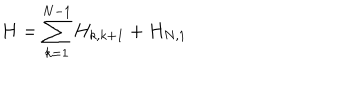
H = \sum _ { k = 1 } ^ { N - 1 } H _ { k , k + 1 } + H _ { N , 1 }